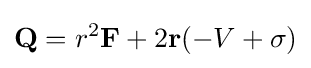
\mathbf {Q} =r^{2}\mathbf {F} +2\mathbf {r} (-V+\sigma )